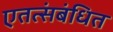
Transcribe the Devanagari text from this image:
एतत्संबंधित